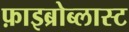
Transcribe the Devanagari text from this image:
फ़ाइब्रोब्लास्ट